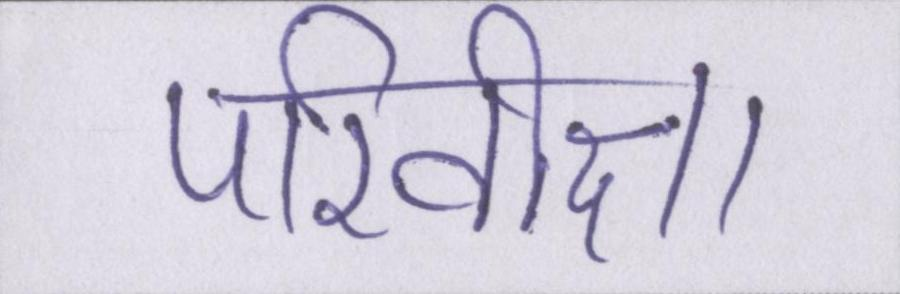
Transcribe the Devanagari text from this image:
परिवीक्षा